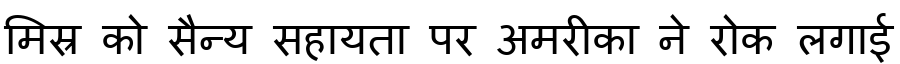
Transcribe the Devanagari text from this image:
मिस्र को सैन्य सहायता पर अमरीका ने रोक लगाई